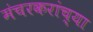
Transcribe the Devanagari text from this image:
मंचरकरांच्या